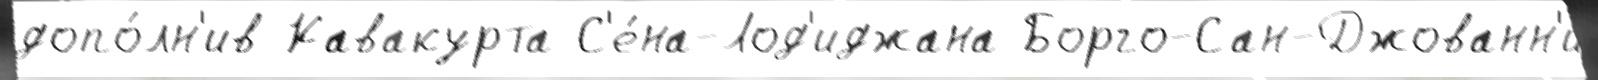
допо́лн'ив Кавакурта С'е́на-Лод'иджана Борго-Сан-Джованн'и